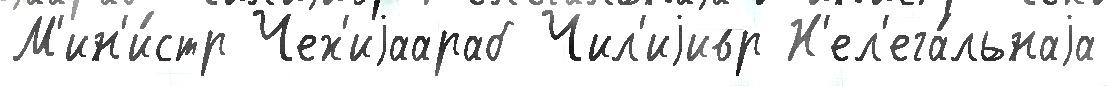
М'ин'и́стр Чех'иjаараб Чил'иjивр Н'ел'ега́льнаjа